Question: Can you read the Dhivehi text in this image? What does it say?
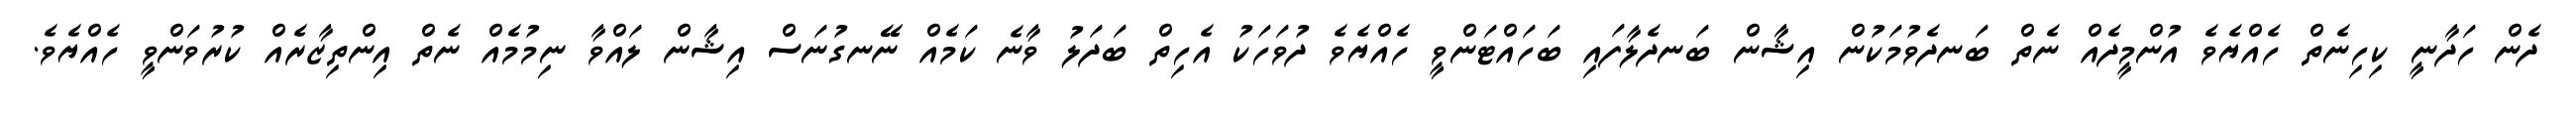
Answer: ދެން ހަދާނީ ކިހިނެތް ހެއްޔެވެ އުންމީދެއް ނެތް ބަނދެވުމަކުން އިޝާން ބަނދެލާފައި ބަހައްޓަންވީ ހެއްޔެވެ ދުވަހަކު އެހިތް ބަދަލު ވާނެ ކަމެއް ނޭނގުނަސް އިޝާން ލައްވާ ނިމުމެއް ނެތް އިންތިޒާރެއް ކުރުވަންވީ ހެއްޔެވެ.